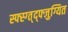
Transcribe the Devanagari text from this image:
स्फ्स्ग्त्द्फ्जुग्यित